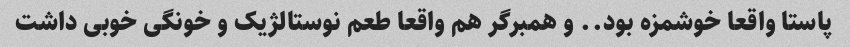
پاستا واقعا خوشمزه بود.. و همبرگر هم واقعا طعم نوستالژیک و خونگی خوبی داشت